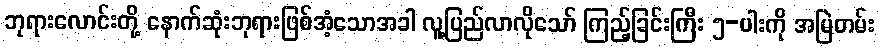
ဘုရားလောင်းတို့ နောက်ဆုံးဘုရားဖြစ်အံ့သောအခါ လူ့ပြည်လာလိုသော် ကြည့်ခြင်းကြီး ၅-ပါးကို အမြဲတမ်း